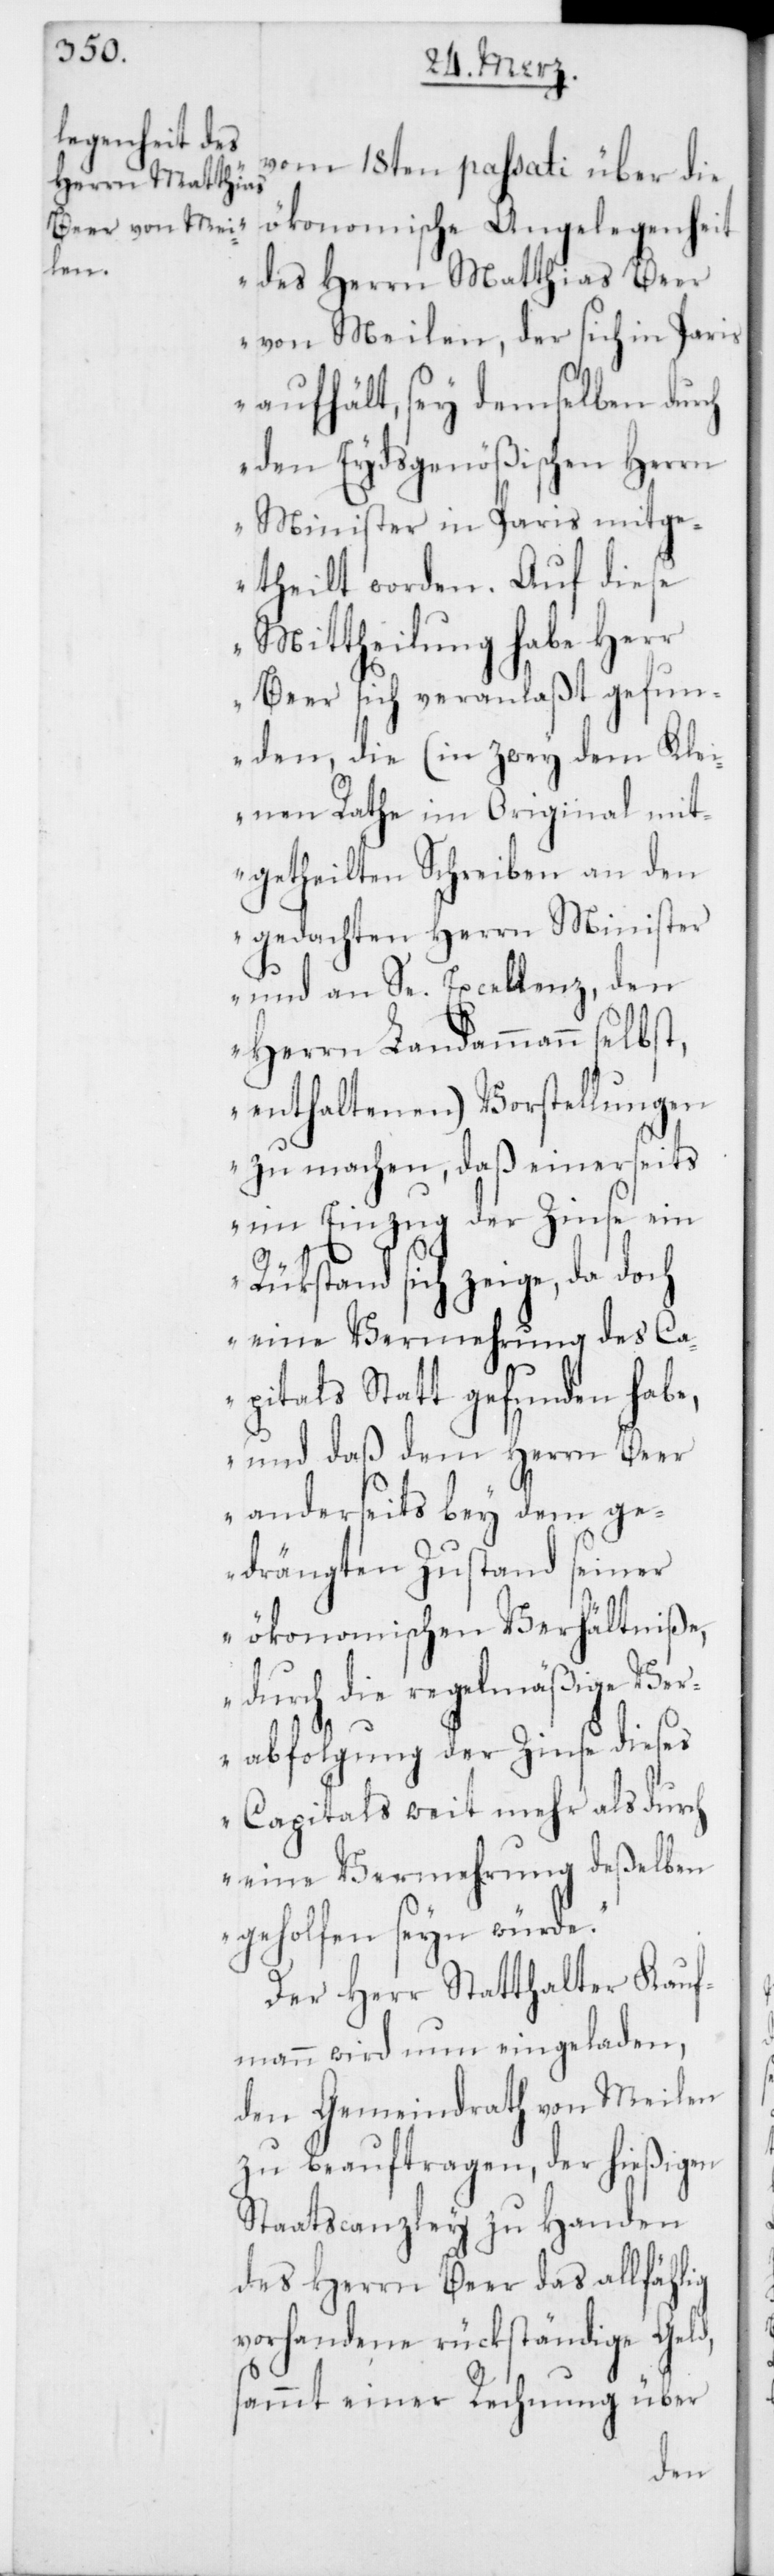
vom 18ten passati über die
ökonomische Angelegenheit
des Herrn Matthias Beer
von Meilen, der sich in Paris
aufhält, sey demselben durch
den Eydsgenößischen Herrn
Minister in Paris mitge¬
theilt worden. Auf diese
Mittheilung habe Herr
Beer sich veranlaßt gefun¬
den, die (in zwey dem Klei¬
nen Rathe im Original mit¬
getheilten Schreiben an den
gedachten Herrn Minister
und an Se. Excellenz, den
Herrn Landammann selbst,
enthaltenen) Vorstellungen
zu machen, daß einerseits
im Einzug der Zinse ein
Rükstand sich zeige, da doch
eine Vermehrung des Ca¬
pitals Statt gefunden habe,
und daß dem Herrn Beer
anderseits bey dem ge¬
drängten Zustand seiner
ökonomischen Verhältniße,
durch die regelmäßige Ver¬
abfolgung der Zinse dieses
Capitals weit mehr als durch
eine Vermehrung deßelben
geholfen seyn würde.“
Der Herr Statthalter Kauf¬
mann wird nun eingeladen,
den Gemeindrath von Meilen
zu beauftragen, der hießigen
Staatscanzley zu Handen
des Herrn Beer das allfählig
vorhandene rückständige Geld,
sammt einer Rechnung über